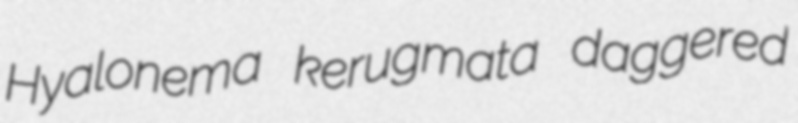
Hyalonema kerugmata daggered